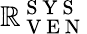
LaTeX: \mathbb{R}_{\mathrm{{~V~E~N~}}}^{\mathrm{{~S~Y~S~}}}